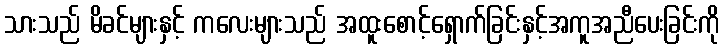
သားသည် မိခင်များနှင့် ကလေးများသည် အထူးစောင့်ရှောက်ခြင်းနှင့်အကူအညီပေးခြင်းကို